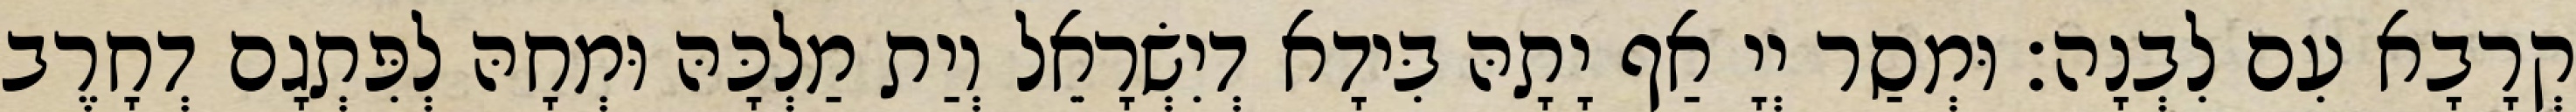
קְרָבָא עִם לִבְנָה׃ וּמְסַר יְיָ אַף יָתָהּ בִּידָא דְיִשְׂרָאֵל וְיַת מַלְכָּהּ וּמְחָהּ לְפִּתְגָם דְחָרֶב